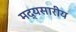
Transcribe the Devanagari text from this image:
मद्यसारीय